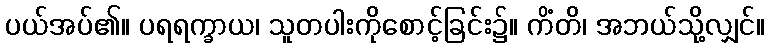
ပယ်အပ်၏။ ပရရက္ခာယ၊ သူတပါးကိုစောင့်ခြင်း၌။ ကိံတိ၊ အဘယ်သို့လျှင်။